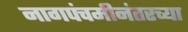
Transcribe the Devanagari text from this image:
नागपंचमीनंतरच्या